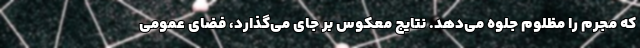
که مجرم را مظلوم جلوه می‌دهد. نتایج معکوس بر جای می‌گذارد، فضای عمومی